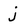
Character: j